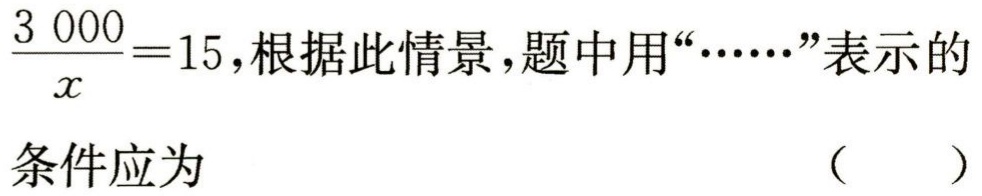
$\frac{3\ 000}{x}=15,根据此情景,题中用“\cdots\cdots”表示的条件应为（  ）$